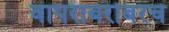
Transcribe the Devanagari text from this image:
वापराबरोबरच